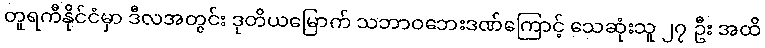
တူရကီနိုင်ငံမှာ ဒီလအတွင်း ဒုတိယမြောက် သဘာဝဘေးဒဏ်ကြောင့် သေဆုံးသူ ၂၇ ဦး အထိ